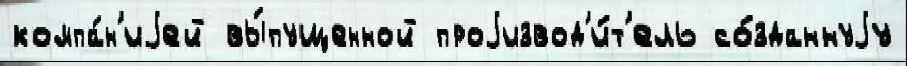
компа́н'иjей вы́пущенной проjизвод'и́т'ель со́зданнуjу